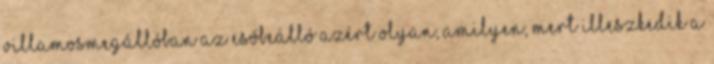
villamos­megállóban az esőbeálló azért olyan, amilyen, mert illeszkedik a